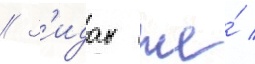
// З'идан же́ /